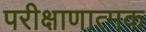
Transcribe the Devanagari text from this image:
परीक्षाणात्मक